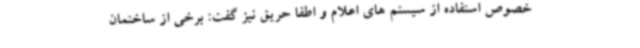
خصوص استفاده از سیستم های اعلام و اطفا حریق نیز گفت: برخی از ساختمان